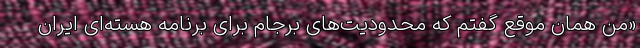
«من همان موقع گفتم که محدودیت‌های برجام برای برنامه هسته‌ای ایران